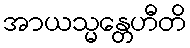
အာယသ္မန္တေဟီတိ